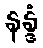
နန္ဒံ